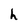
Character: h